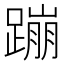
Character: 蹦